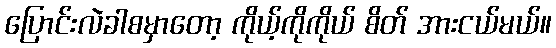
ပြောင်းလဲခါစမှာတော့ ကိုယ့်ကိုကိုယ် စိတ် အားငယ်မယ်။